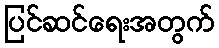
ပြင်ဆင်ရေးအတွက်